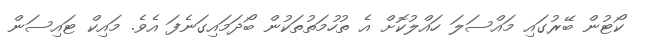
ކޯޓުން ބޭރުގައި މައްސަލަ ހައްލުކޮށް އެ ތުހުމަތުތަކުން ބޯދަމައިގަނެފަ އެވެ. މައިކް ޓައިސަން